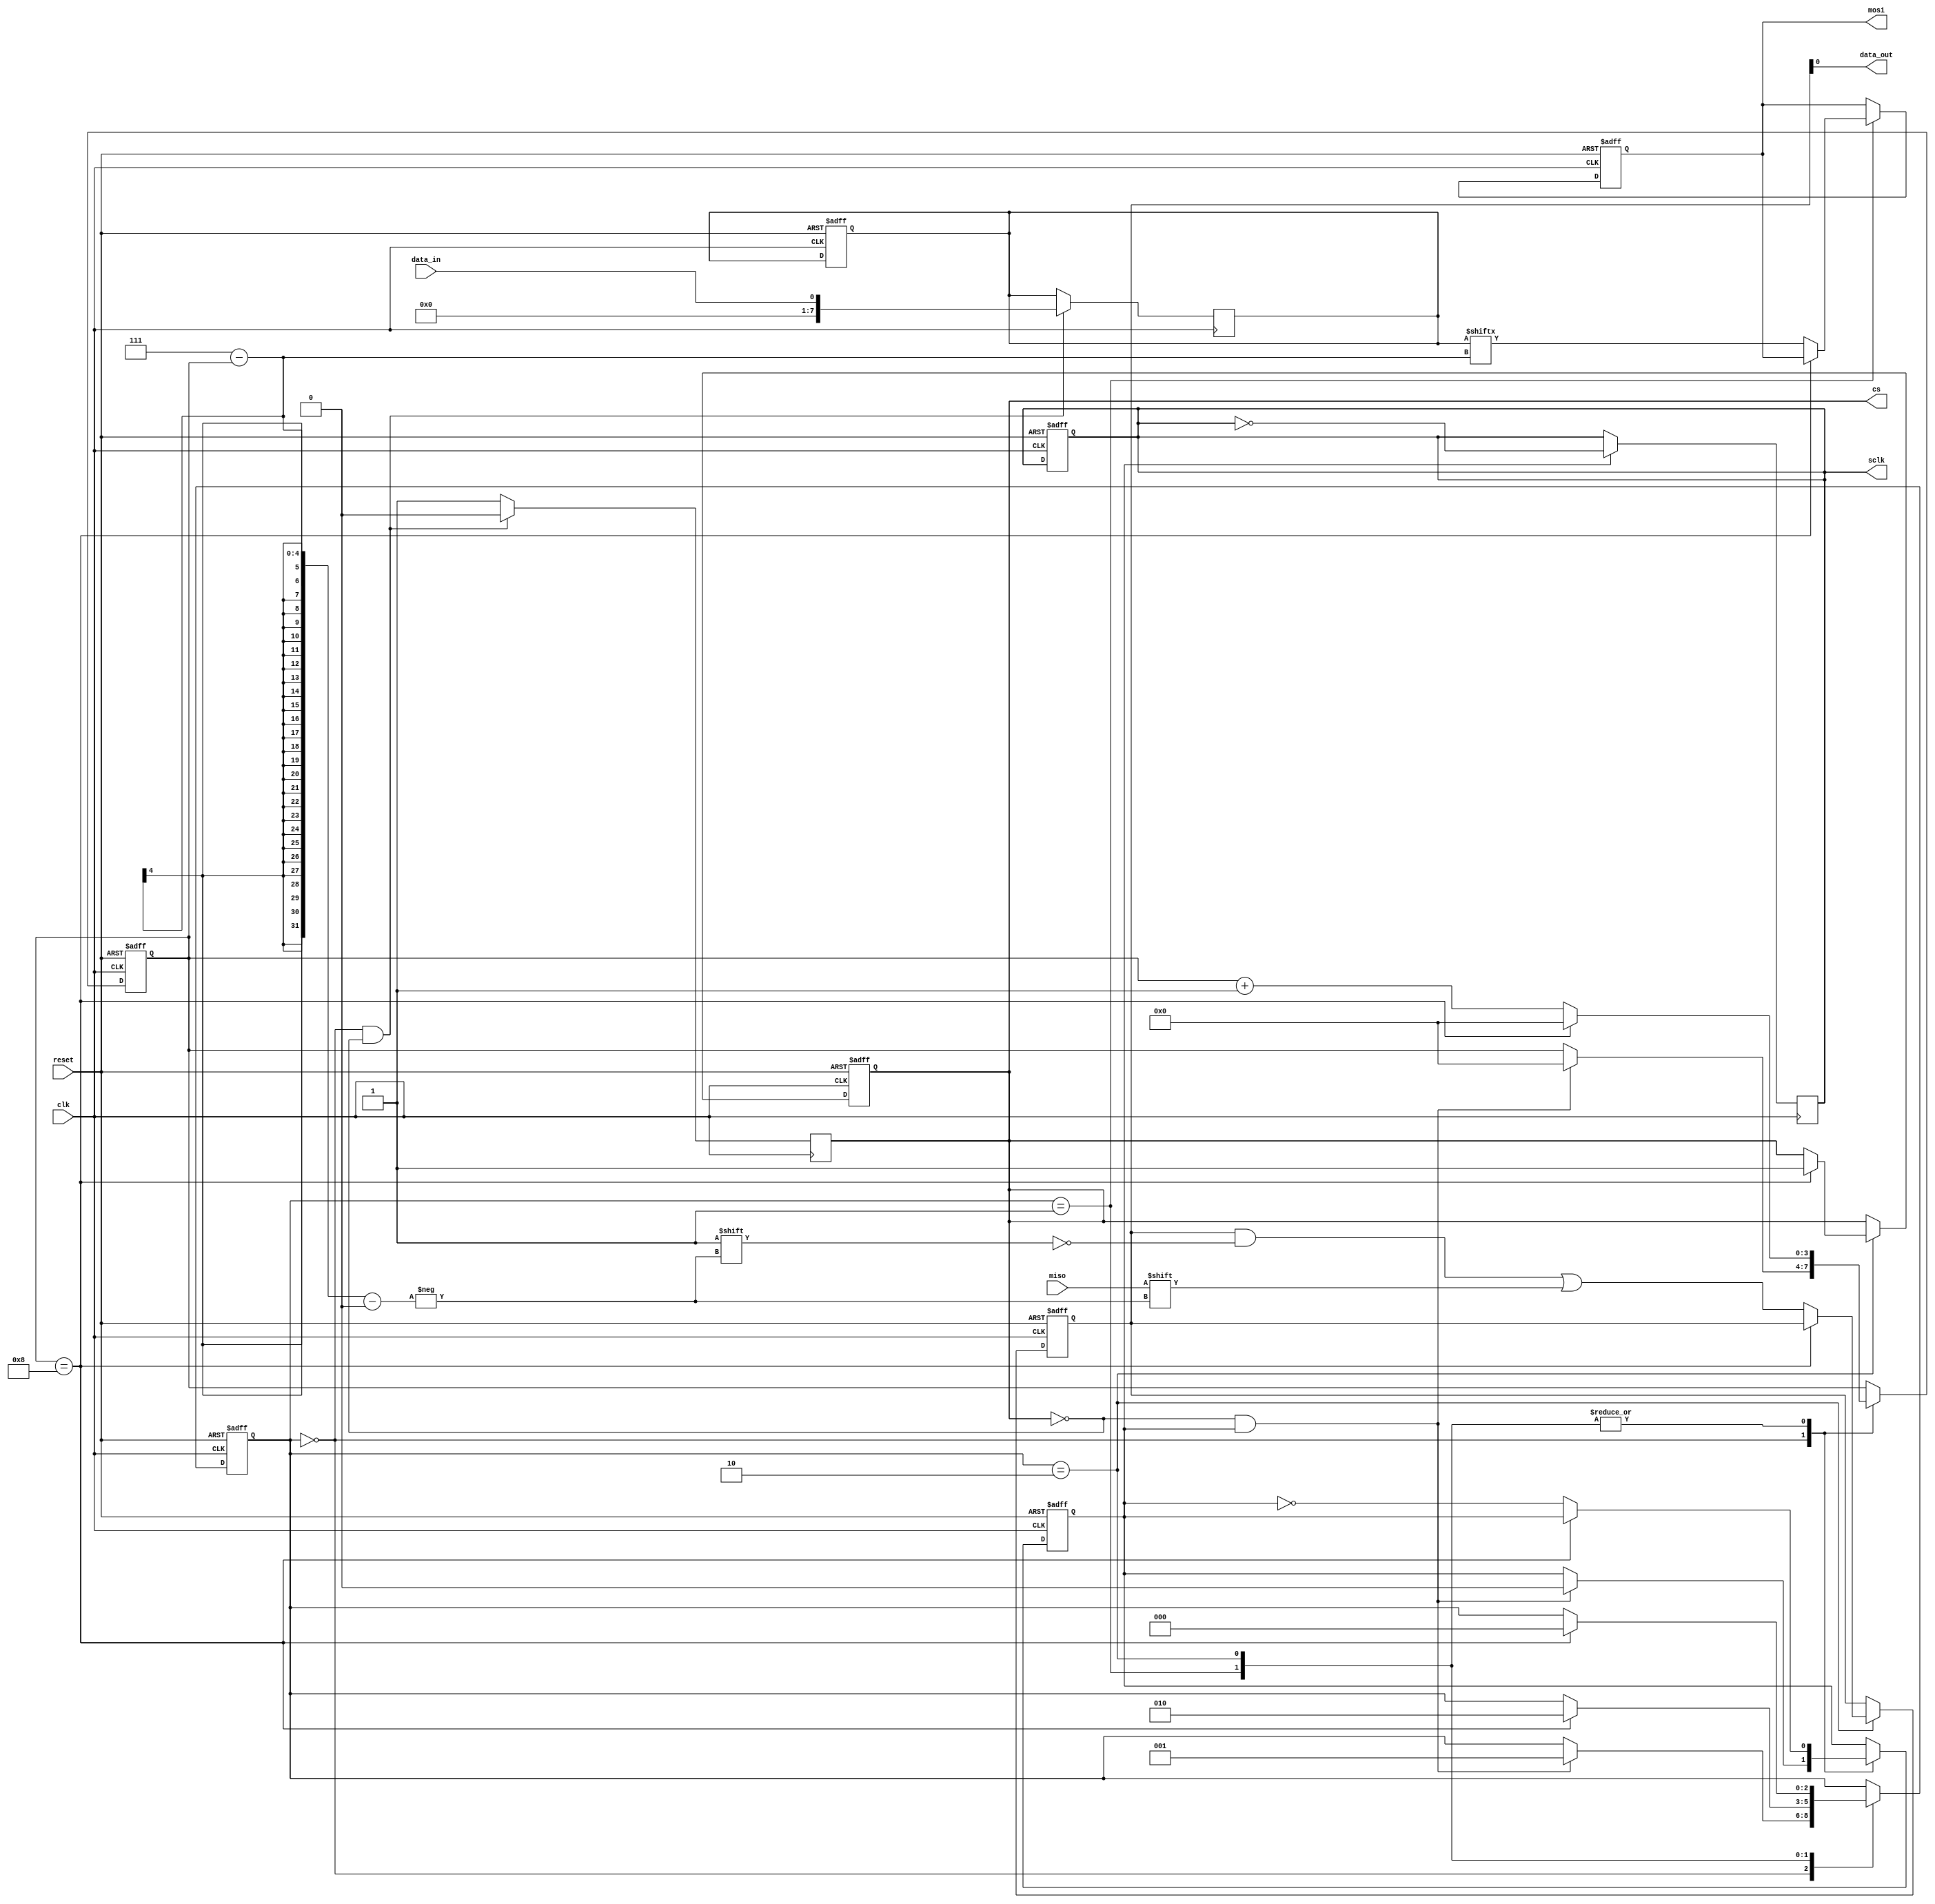
module spi_master (
    input wire clk,
    input wire reset,
    input wire data_in,
    output reg data_out,
    output reg cs,
    output reg sclk,
    output reg mosi,
    input wire miso
);

reg [2:0] state;
reg [7:0] transmit_data;
reg [7:0] receive_data;
reg [3:0] shift_cnt;
reg sclk_div;

parameter IDLE = 3'b000;
parameter TRANSFER = 3'b001;
parameter RECEIVE = 3'b010;
parameter SHIFT = 3'b011;

always @ (posedge clk or posedge reset) begin
    if (reset) begin
        state <= IDLE;
        transmit_data <= 8'b0;
        receive_data <= 8'b0;
        shift_cnt <= 4'd0;
        sclk_div <= 1'b0;
        cs <= 1'b1;
        sclk <= 1'b0;
        mosi <= 1'b0;
    end else begin
        case (state)
            IDLE: begin
                if (cs == 1'b0 && sclk_div == 1'b1) begin
                    state <= TRANSFER;
                    shift_cnt <= 4'd0;
                    sclk_div <= 1'b0;
                end
            end
            
            TRANSFER: begin
                if (shift_cnt == 8) begin
                    shift_cnt <= 4'd0;
                    state <= RECEIVE;
                end else begin
                    sclk_div <= ~sclk_div;
                    mosi <= transmit_data[7 - shift_cnt];
                    shift_cnt <= shift_cnt + 1;
                end
            end
            
            RECEIVE: begin
                if (shift_cnt == 8) begin
                    state <= IDLE;
                    shift_cnt <= 4'd0;
                    cs <= 1'b1;
                end else begin
                    sclk_div <= ~sclk_div;
                    receive_data[7 - shift_cnt] <= miso;
                    shift_cnt <= shift_cnt + 1;
                end
            end
        endcase
    end
end

always @ (posedge clk) begin
    if (state == IDLE && cs == 1'b0) begin
        transmit_data <= data_in;
        cs <= 1'b0;
        sclk <= 1'b0;
    end else begin
        cs <= 1'b1;
    end
    
    if (sclk_div == 1) begin
        sclk <= ~sclk;
    end else begin
        sclk <= sclk;
    end
end

assign data_out = receive_data;

endmodule